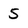
Character: 5